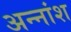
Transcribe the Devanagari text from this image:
अन्नांश